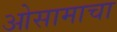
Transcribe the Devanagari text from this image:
ओसामाचा